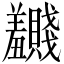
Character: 𬚂